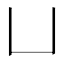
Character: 凵